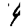
Digit: 4